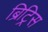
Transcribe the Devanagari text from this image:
ब्रिट्रिस